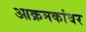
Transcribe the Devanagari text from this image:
आक्रमकांवर